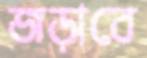
জড়াবে